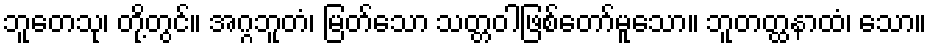
ဘူတေသု၊ တို့တွင်။ အဂ္ဂဘူတံ၊ မြတ်သော သတ္တဝါဖြစ်တော်မူသော။ ဘူတတ္ထနာထံ၊ သော။